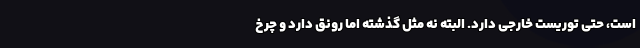
است، حتی توریست خارجی دارد. البته نه مثل گذشته اما رونق دارد و چرخ